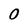
Character: O